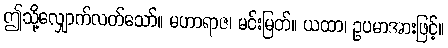
ဤသို့လျှောက်လတ်သော်။ မဟာရာဇ၊ မင်းမြတ်။ ယထာ၊ ဥပမာအားဖြင့်။